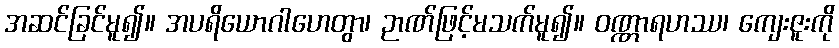
အဆင်ခြင်မူ၍။ အပရိယောဂါဟေတွာ၊ ဉာဏ်ဖြင့်မသက်မူ၍။ ဝဏ္ဏာရဟဿ၊ ကျေးဇူးကို